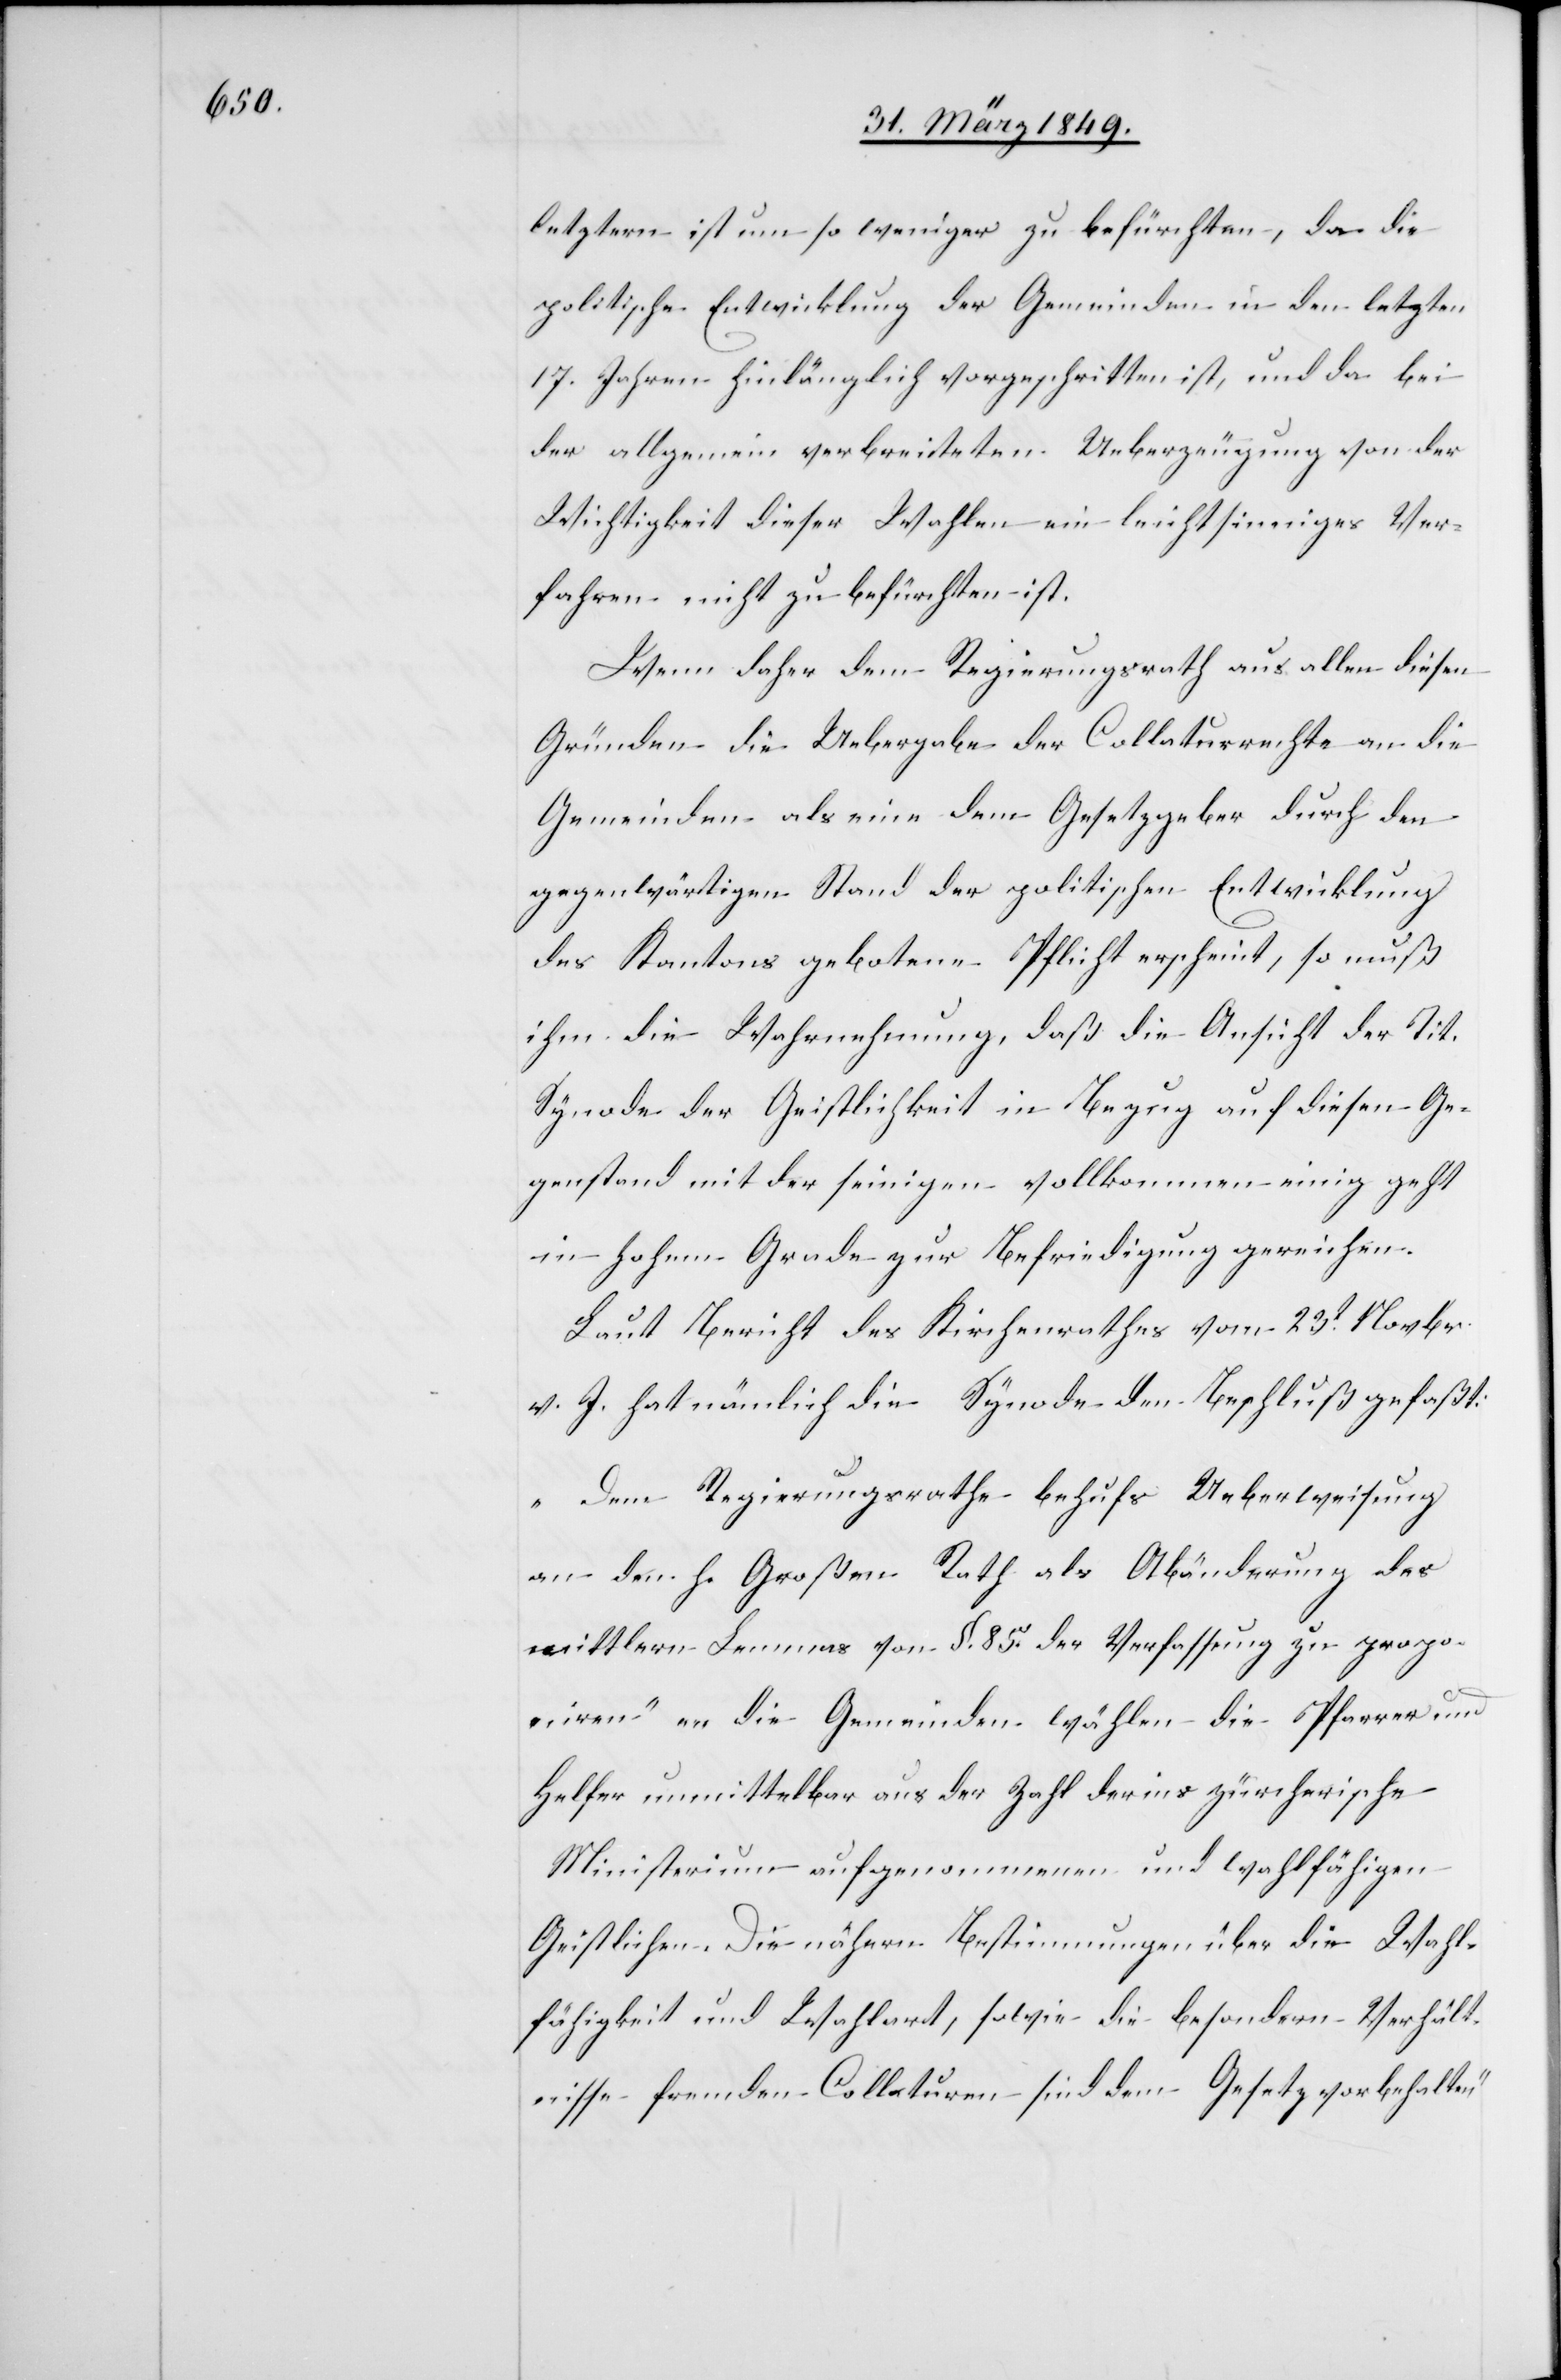
letztern ist um so weniger zu befürchten, da die
politische Entwicklung der Gemeinden in den letzten
17. Jahren hinlänglich vorgeschritten ist, und da bei
der allgemein verbreiteten Ueberzeugung von der
Wichtigkeit dieser Wahlen ein leichtsinniges Ver¬
fahren nicht zu befürchten ist.
Wenn daher dem Regierungsrath aus allen diesen
Gründen die Uebergabe der Collaturrechte an die
Gemeinden als eine dem Gesetzgeber durch den
gegenwärtigen Stand der politischen Entwicklung
des Kantons gebotene Pflicht erscheint, so muß
ihm die Wahrnehmung, daß die Ansicht der Tit.
Synode der Geistlichkeit in Bezug auf diesen Ge¬
genstand mit der seinigen vollkommen einig geht
in hohem Grade zur Befriedigung gereichen.
Laut Bericht des Kirchenrathes vom 23t. Novbr.
v. J. hat nämlich die Synode den Beschluß gefaßt:
„Dem Regierungsrathe behufs Ueberweisung
an den h. Großen Rath als Abänderung des
mittlern Lemmas von §. 85. der Verfassung zu propo¬
niren“ „die Gemeinden wählen die Pfarrer und
Helfer unmittelbar aus der Zahl der ins zürcherische
Ministerium aufgenommenen und wahlfähigen
Geistlichen. Die nähern Bestimmungen über die Wahl¬
fähigkeit und Wahlart, sowie die besondern Verhält¬
nisse fremder Collaturen sind dem Gesetz vorbehalten“